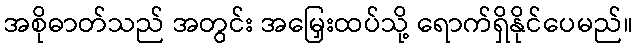
အစိုဓာတ်သည် အတွင်း အမြှေးထပ်သို့ ရောက်ရှိနိုင်ပေမည်။